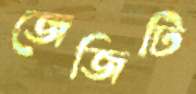
জেজিটি